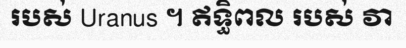
របស់ Uranus ។ ឥទ្ធិពល របស់ វា